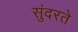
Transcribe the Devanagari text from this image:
सुंदरते